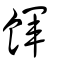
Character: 餫